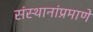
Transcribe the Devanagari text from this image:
संस्थानांप्रमाणे